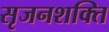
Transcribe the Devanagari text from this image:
सृजनशक्ति